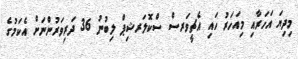
މިދިޔަ އަހަރާއި މިއަހަރު ހައި އެޗީވަރސް ސްކޮލަރޝިޕް ލިބުނު 36 ދަރިވަރުންނަށް އެކަމުގެ